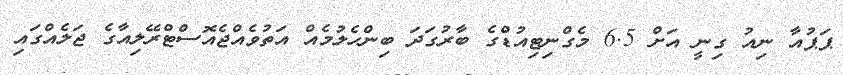
ޕަޕުއާ ނިއު ގިނީ އަށް 6.5 މެގްނިޓިއުޑްގެ ބާރުގަދަ ބިންހެލުމެއް އަތުވެއްޖެއޮސްޓްރޭލިއާގެ ޖަލެއްގައި